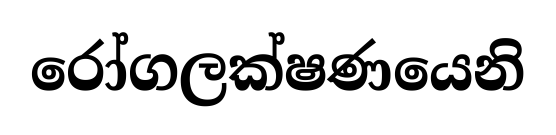
රෝගලක්ෂණයෙනි